Statistics compiled by the Government of India from the reports of provincial Civil Veterinary Departments
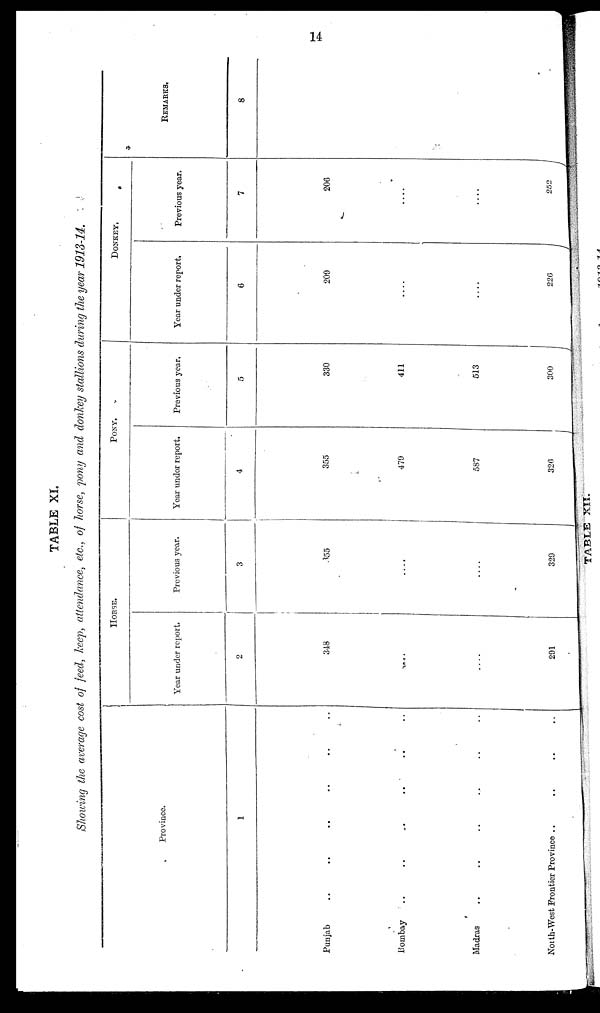
14
TABLE XI.
Showing the average cost of feed, keep, attendance, etc., of horse, pony and donkey stallions during the year 1913-14.
Province.
1
Punjab .. .. .. .. ..
Bombay
..
..
..
..
..
Madras .. .. .. .. ..
North-West Frontier Province .. .. .. .. ..
HORSE.
Year under report,
2
348
....
....
291
Previous year.
3
355
....
....
329
PONY.
Year under report.
4
355
479
587
320
Previous year.
5
330
411
513
300
DONKEY.
Year under report.
6
209
....
....
226
Previous year.
7
206
....
252
REMARKS.
8
TABLE XII.